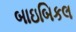
બાઇબિકલ